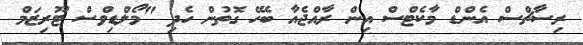
ރިސާޗްސް އެންޑް މާކެޓްސް އިން ރާއްޖެއާ ބެހޭ ގޮތުން ހެދި "މޯލްޑިވްސް ޓޫރިޒަމް